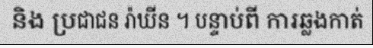
និង ប្រជាជន រ៉ាឃីន ។ បន្ទាប់ពី ការឆ្លងកាត់